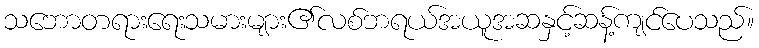
သဘောတရားရေးသမားများ၏လစ်ဘရယ်အယူအဆနှင့်ဆန့်ကျင်ပေသည်။